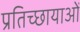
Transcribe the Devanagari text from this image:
प्रतिच्छायाओं